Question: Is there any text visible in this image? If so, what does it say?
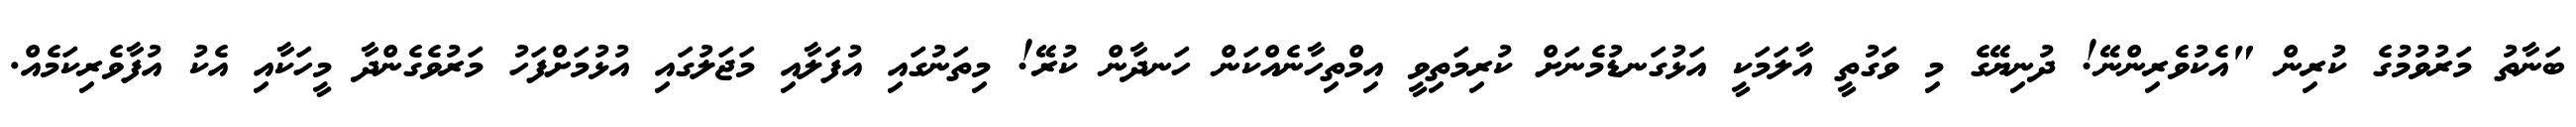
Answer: ބަނާތު މަރުވުމުގެ ކުރިން "އެކުވެރިންނޭ! ދުނިޔޭގެ މި ވަގުތީ އާލަމަކީ އަޅުގަނޑުމެނަށް ކުރިމަތިވީ އިމްތިހާނެއްކަން ހަނދާން ކުރޭ! މިތަނުގައި އުފަލާއި މަޖަލުގައި އުޅުމަށްފަހު މަރުވެގެންދާ މީހަކާއި އެކު އުފާވެރިކަމެއް.